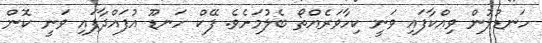
ހަނޑުލުން ވިއްކާފައި ވަނީ ކިހާވަރެއްތޯ ބެލުމަށެވެ. ފޭކް ހަނޑޫ އުފައްދާފައި ވަނީ ކޮން